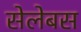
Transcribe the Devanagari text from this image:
सेलेबस